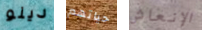
دينو حياتهم الإنعاش